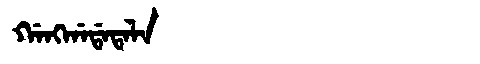
Manchu: ᡤᠠᠩᡤᠠᡩᠠᡨᠠᠯᠠ
Romanization: GANGGADATALA